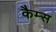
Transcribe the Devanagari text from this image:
कैम्स